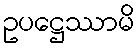
ဥပဋ္ဌေဿာမိ